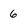
Character: 6